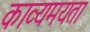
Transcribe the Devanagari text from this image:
काव्यमयता